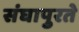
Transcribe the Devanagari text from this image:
संघापुरते